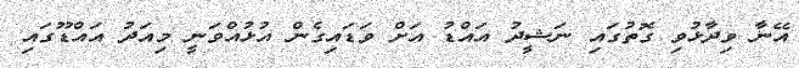
އޭނާ ވިދާޅުވި ގޮތުގައި ނަޝީދު އައްޑު އަށް ވަޑައިގެން އުޅުއްވަނީ މިއަދު އައްޑޫގައި